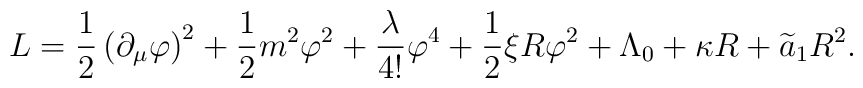
L= \frac{1}{2} \left( \partial_\mu \varphi \right)^2 +\frac{1}{2} m^2 \varphi^2  + \frac{\lambda}{4!} \varphi^4  +\frac{1}{2} \xi R \varphi^2 + \Lambda_0 + \kappa R +\widetilde{a}_1R^2.